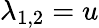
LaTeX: \lambda_{1,2}=u